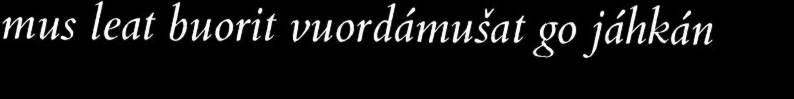
mus leat buorit vuordámušat go jáhkán